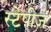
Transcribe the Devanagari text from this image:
स्टेपीज़